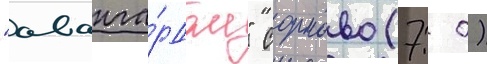
"аванга́рдом" сормово (7: 0)